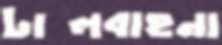
টালবাহনা